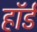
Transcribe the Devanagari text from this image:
हॉर्ड